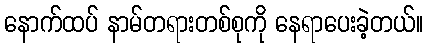
နောက်ထပ် နာမ်တရားတစ်စုကို နေရာပေးခဲ့တယ်။